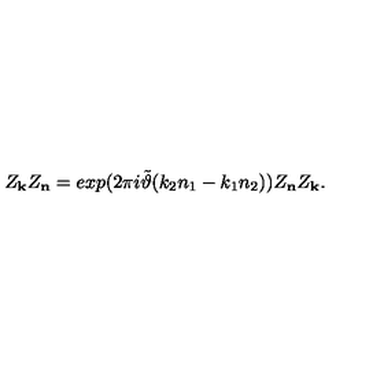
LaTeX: Z _ { \bf k } Z _ { \bf n } = e x p ( 2 \pi i \tilde { \vartheta } ( k _ { 2 } n _ { 1 } - k _ { 1 } n _ { 2 } ) ) Z _ { \bf n } Z _ { \bf k } .